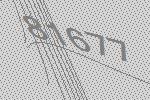
81677